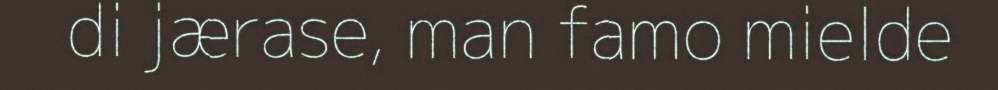
di jærase, man famo mielde